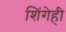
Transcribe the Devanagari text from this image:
शिंगेही